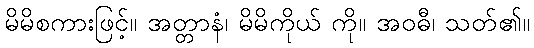
မိမိစကားဖြင့်။ အတ္တာနံ၊ မိမိကိုယ် ကို။ အဝဓီ၊ သတ်၏။